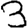
Digit: 3